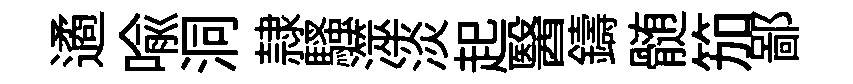
遹喩洞隷騷澨淡起醫鑄髄笳鄙